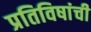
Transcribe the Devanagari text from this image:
प्रतिविषांची